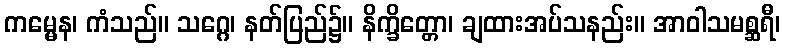
ကမ္မေန၊ ကံသည်။ သဂ္ဂေ၊ နတ်ပြည်၌။ နိက္ခိတ္တော၊ ချထားအပ်သနည်း။ အာဝါသမစ္ဆရီ၊